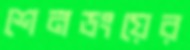
শেনডংয়ের